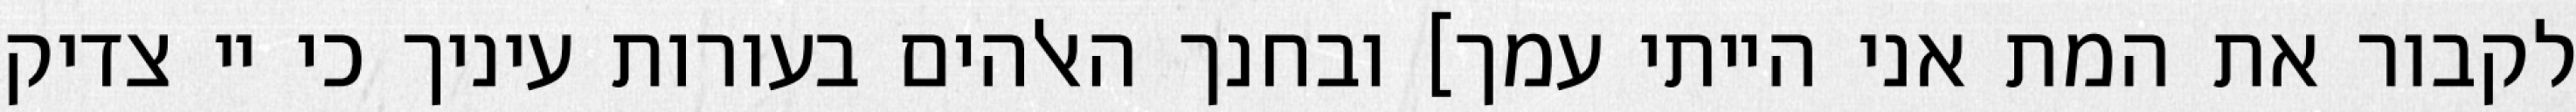
לקבור את המת אני הייתי עמך] ובחנך האלהים בעורות עיניך כי יי צדיק